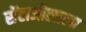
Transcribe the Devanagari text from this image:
सेंटाओलाला